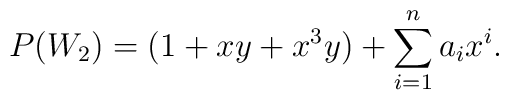
P(W_2)= (1+xy+x^3y) +\sum \limits _{i=1}^{n}a_i x^i.